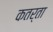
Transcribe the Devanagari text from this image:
कतर्ता